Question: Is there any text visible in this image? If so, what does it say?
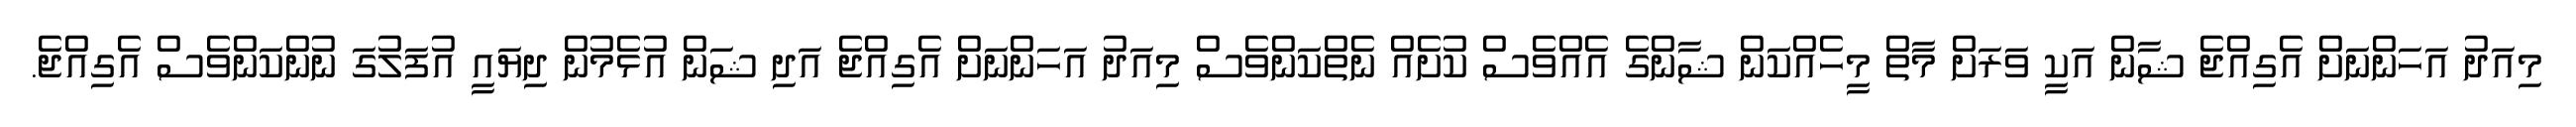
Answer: މިއަދު އަހަންނަށް އެގިއްޖެ ޝާން އަކީ ވަރަށް މާތް މީހެއްކަން ޝާންގެ އެއްވެސް ކުށެއް ނެތްކަންވެސް މިއަދު އަހަންނަށް އެގިއްޖެ އަދި ޝަން އުޅެމުން ދިޔައީ އުފަލުގަ ނުންކަންވެސް އެގިއްޖެ.